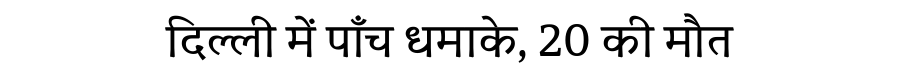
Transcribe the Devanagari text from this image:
दिल्ली में पाँच धमाके, 20 की मौत